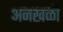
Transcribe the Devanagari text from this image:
अनखळी